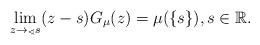
LaTeX: \begin{align*}\lim_{z\rightarrow_{\sphericalangle}s} (z-s)G_{\mu}(z)=\mu(\{s\}),s \in \mathbb{R}.\end{align*}